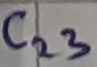
Text: C23